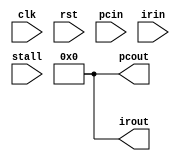
module IF_ID(clk,rst,pcin,irin,pcout,irout,stall);

//PCunit  IM 

	input			clk;
	input			rst;
	input			stall;
	input [31:0]	pcin;
	input [31:0]	irin;

	output reg[31:0]	irout;
	output reg[31:0]	pcout;

	initial
	begin
		irout=32'b0;
		pcout=32'b0;
	end

	always @(posedge clk) 
	begin
		if(stall)
		begin
			
		end
		else 
		begin
			pcout<=pcin;
			irout<=irin;
		end
		
	end
	
	always @(posedge rst) 
	begin
		if (rst==1) 
		begin
			// reset
			pcout<=32'b0;
			irout<=32'b0;
		end
	end
endmodule